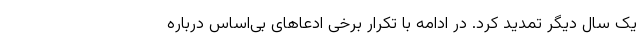
یک سال دیگر تمدید کرد. در ادامه با تکرار برخی ادعاهای بی‌اساس درباره